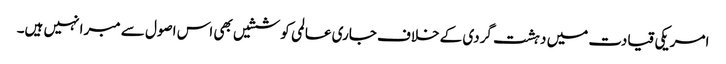
امریکی قیادت میں دہشت گردی کے خلاف جاری عالمی کوششیں بھی اس اصول سے مبرا نہیں ہیں۔